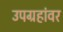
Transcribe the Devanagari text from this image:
उपग्रहांवर